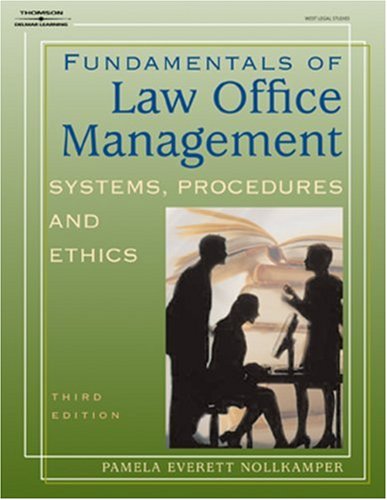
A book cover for Fundamentals of Law Office Management (West Legal Studies); Pamela Everett-Nollkamper; Law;